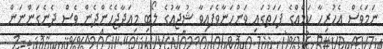
ނަމަވެސް އެހުރިހާ ކަމެއްގެ ފަހަތުގައި ވަންހަނާވެފައިވާ ޝުޖާއުގެ ލޯބި މިއަދާޖެހެންދެން ވެސް ދެނެގަންނަން